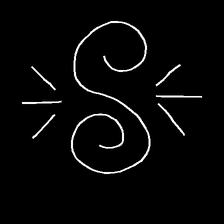
Glyph: wind-directs-air